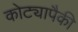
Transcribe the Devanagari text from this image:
कोट्यापैकी